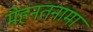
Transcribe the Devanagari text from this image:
मेहनतनामा